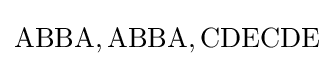
\mathrm {ABBA,ABBA,CDECDE}